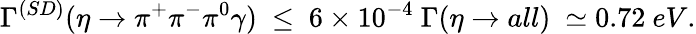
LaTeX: \Gamma^{(SD)}(\eta\to\pi^{+}\pi^{-}\pi^{0}\gamma)\ \le\ 6\times 10^{-4}\ \Gamma(\eta\to all)\ \simeq 0.72\ eV.